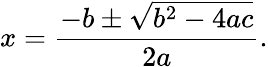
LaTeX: x={\frac{-b\pm{\sqrt{b^{2}-4ac}}}{2a}}.